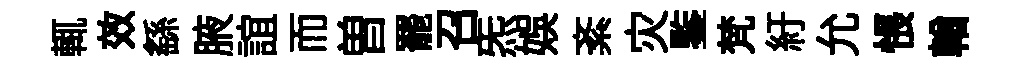
輒效繇腋誼而曽罷召炁娱紊灾鍳梵紆允悵輶